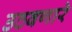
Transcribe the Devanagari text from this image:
उठवणारे